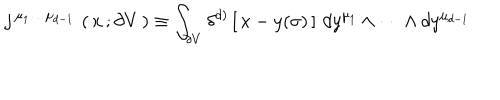
LaTeX: j ^ { \, \mu _ { 1 } \dots \mu _ { d - 1 } \, } \left( \, x \, ; \partial V \, \right) \equiv \int _ { \partial V } \delta ^ { d ) } \left[ \, x - y ( \sigma ) \, \right] \, d y ^ { \mu _ { 1 } } \wedge \dots \wedge d y ^ { \mu _ { d - 1 } }